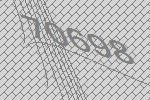
70698